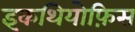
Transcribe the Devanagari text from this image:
इकथियोफ़िस